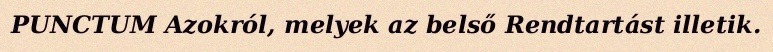
PUNCTUM Azokról, melyek az belső Rendtartást illetik.